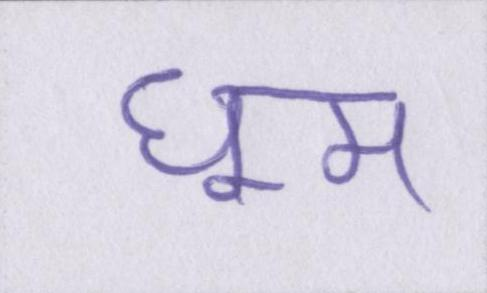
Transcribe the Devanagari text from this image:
धूम